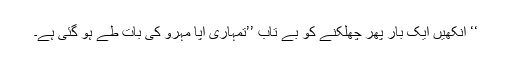
‘‘ آنکھیں ایک بار پھر چھلکنے کو بے تاب ’’تمہاری آپا مہرو کی بات طے ہو گئی ہے۔